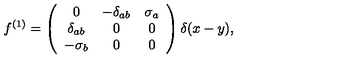
f ^ { ( 1 ) } = \left( \begin{array} { c c c } { 0 } & { - \delta _ { a b } } & { \sigma _ { a } } \\ { \delta _ { a b } } & { 0 } & { 0 } \\ { - \sigma _ { b } } & { 0 } & { 0 } \\ \end{array} \right) \delta ( x - y ) ,